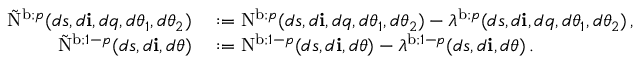
\begin{array} { r l } { \tilde { \mathrm { N } } ^ { \mathrm { b } ; p } ( d s , d \mathbf { i } , d q , d \theta _ { 1 } , d \theta _ { 2 } ) } & { { } : = \mathrm { N } ^ { \mathrm { b } ; p } ( d s , d \mathbf { i } , d q , d \theta _ { 1 } , d \theta _ { 2 } ) - \lambda ^ { \mathrm { b } ; p } ( d s , d \mathbf { i } , d q , d \theta _ { 1 } , d \theta _ { 2 } ) \, , } \\ { \tilde { \mathrm { N } } ^ { \mathrm { b } ; 1 - p } ( d s , d \mathbf { i } , d \theta ) } & { { } : = \mathrm { N } ^ { \mathrm { b } ; 1 - p } ( d s , d \mathbf { i } , d \theta ) - \lambda ^ { \mathrm { b } ; 1 - p } ( d s , d \mathbf { i } , d \theta ) \, . } \end{array}